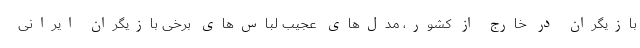
بازیگران در خارج از کشور، مدل‌های عجیب لباس‌های برخی بازیگران ایرانی